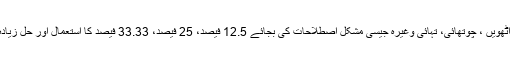
اسی طرح آٹھویں ، چوتھائی، تہائی وغیرہ جیسی مشکل اصطلاحات کی بجائے 12.5 فیصد، 25 فیصد، 33.33 فیصد کا استعمال اور حل زیادہ آسان ہے۔